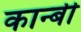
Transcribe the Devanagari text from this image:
कान्बी